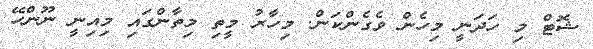
ޝޮޓް މި ހަދަނީ މިހެން ވެގެންކަން. މިހާރު މީތި މިތާންގައި މިއިނީ ނޫންހޭ